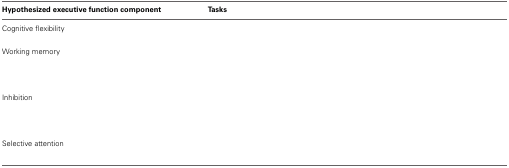
<table><thead><tr><td><b>Hypothesized executive function component</b></td><td><b>Tasks</b></td></tr></thead><tbody><tr><td>Cognitive flexibility</td><td>[EMPTY_CELL]</td></tr><tr><td>[EMPTY_CELL]</td><td>[EMPTY_CELL]</td></tr><tr><td>Working memory</td><td>[EMPTY_CELL]</td></tr><tr><td>[EMPTY_CELL]</td><td>[EMPTY_CELL]</td></tr><tr><td>[EMPTY_CELL]</td><td>[EMPTY_CELL]</td></tr><tr><td>[EMPTY_CELL]</td><td>[EMPTY_CELL]</td></tr><tr><td>Inhibition</td><td>[EMPTY_CELL]</td></tr><tr><td>[EMPTY_CELL]</td><td>[EMPTY_CELL]</td></tr><tr><td>[EMPTY_CELL]</td><td>[EMPTY_CELL]</td></tr><tr><td>[EMPTY_CELL]</td><td>[EMPTY_CELL]</td></tr><tr><td>Selective attention</td><td>[EMPTY_CELL]</td></tr><tr><td>[EMPTY_CELL]</td><td>[EMPTY_CELL]</td></tr></tbody></table>